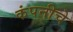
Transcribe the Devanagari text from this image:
कंपनीचेे